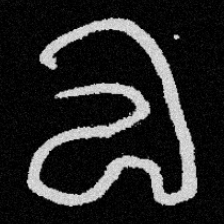
Pyu character \u2014 Myanmar letter: လ (romanized: la)